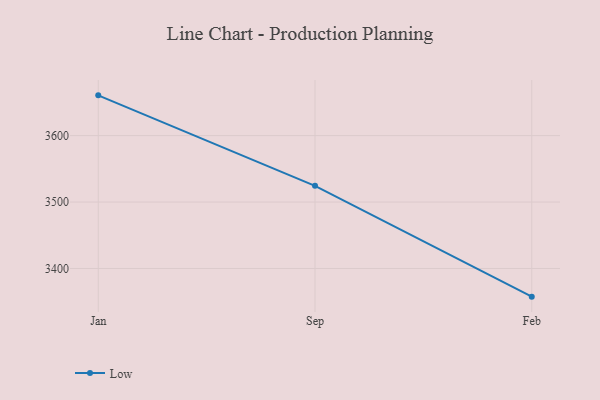
{"axis": {"x": "Month", "y": "Conversion Rate (%)"}, "legend": ["Low"], "data": [{"x": "Jan", "y": 3660.6, "type": "Low"}, {"x": "Sep", "y": 3524.4, "type": "Low"}, {"x": "Feb", "y": 3357.6, "type": "Low"}]}